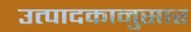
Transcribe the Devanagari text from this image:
उत्पादकानुसार